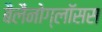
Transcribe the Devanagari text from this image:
बैलैनोग्लॉसस